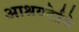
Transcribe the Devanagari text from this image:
आश्रयदेईजे